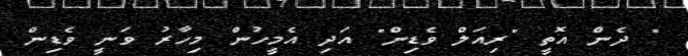
" ދެން އޮތީ "ރިއަލް ވެޑިން" އަދި އެމީހުން މިހާރު ވަނީ ވެޑިން